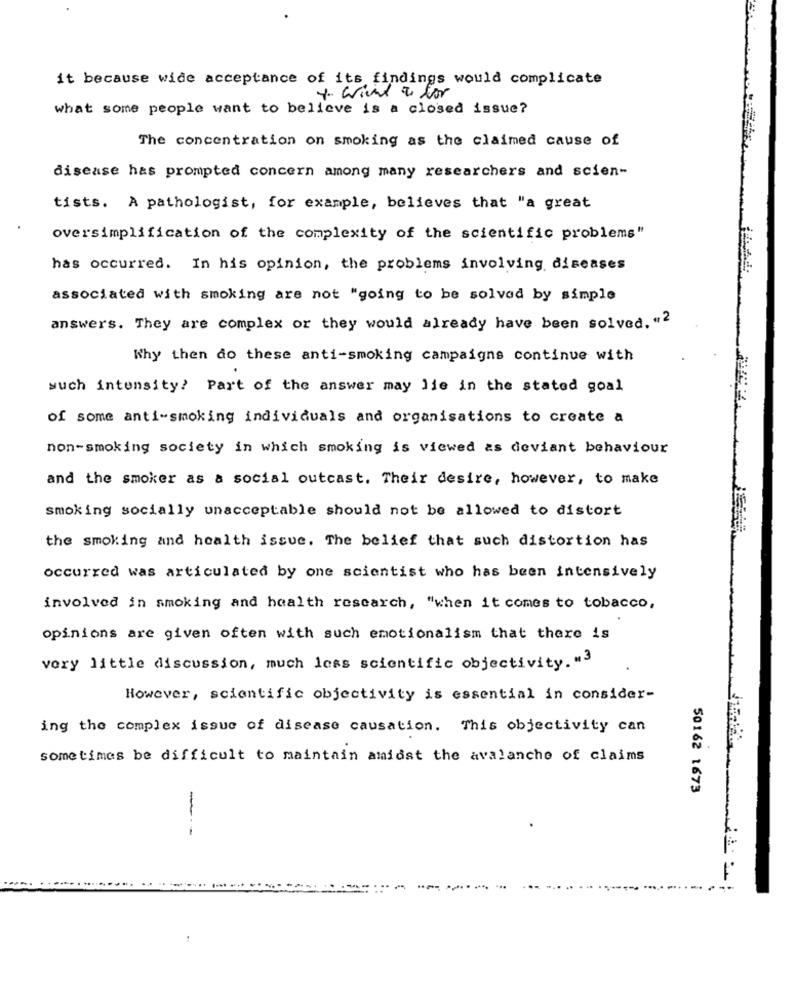
it because wide acceptance of its findings would complicate
Y want a for
what some people want to believe is a closed issue?
The concentration on smoking as the claimed cause of
disease has prompted concern among many researchers and scien-
tists. A pathologist, for example, believes that "a great
oversimplification of the complexity of the scientific problems"
has occurred. In his opinion, the problems involving diseases
associated with smoking are not "going to be solved by simple
answers. They are complex or they would already have been solved. "2
Why then do these anti-smoking campaigns continue with
such intensity? Part of the answer may lie in the stated goal
of some anti-smoking individuals and organisations to create a
non-smoking society in which smoking is viewed as deviant behaviour
and the smoker as a social outcast. Their desire, however, to make
smoking socially unacceptable should not be allowed to distort
the smoking and health issue. The belief that such distortion has
occurred was articulated by one scientist who has been intensively
involved in smoking and health research, "when it comes to tobacco,
opinions are given often with such emotionalism that there is
very little discussion, much less scientific objectivity. "3
However, scientific objectivity is essential in consider-
ing the complex issue of disease causation. This objectivity can
sometimes be difficult to maintain amidst the avalanche of claims
50162 1673
---